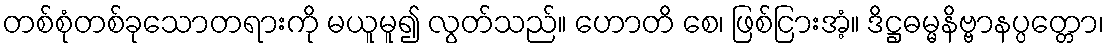
တစ်စုံတစ်ခုသောတရားကို မယူမူ၍ လွတ်သည်။ ဟောတိ စေ၊ ဖြစ်ငြားအံ့။ ဒိဋ္ဌဓမ္မနိဗ္ဗာနပ္ပတ္တော၊